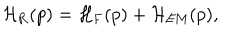
{ \cal H } _ { \mathrm { R } } ( p ) = { \cal H } _ { \mathrm { F } } ( p ) + { \cal H } _ { \mathrm { E M } } ( p ) ,